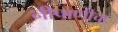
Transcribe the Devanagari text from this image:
नीपाणीचा